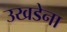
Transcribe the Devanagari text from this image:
उखडेना